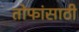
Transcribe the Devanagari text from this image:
तोफांसाठी